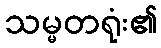
သမ္မတရုံး၏